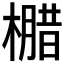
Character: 𭬄